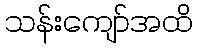
သန်းကျော်အထိ